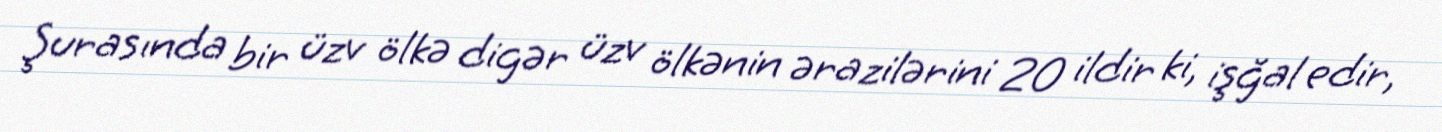
Şurasında bir üzv ölkə digər üzv ölkənin ərazilərini 20 ildir ki, işğal edir,